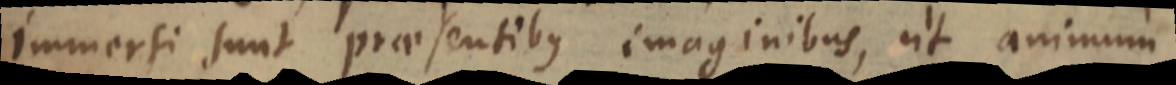
immersi sunt praesentibus imaginibus, ut animum